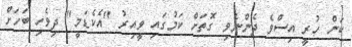
ކަން ހުރީ އިސްވެ ދެންނެވި ގޮތަށް ކަމުގައި ވީއިރު "އެކެޑަމީ" ދިވެހި ބަހަށް